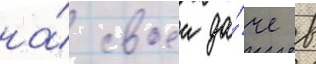
на́ своеи да́че в